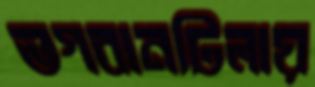
ভগবানটিলায়